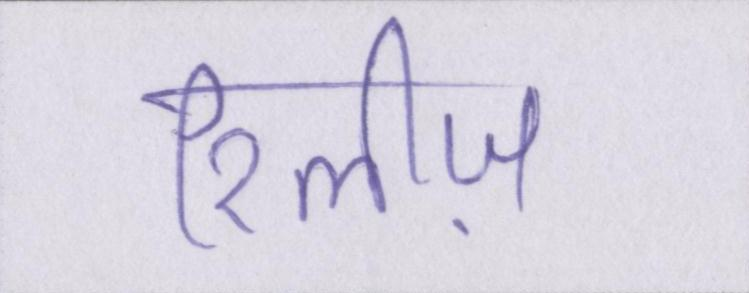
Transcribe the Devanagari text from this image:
रिलीज़